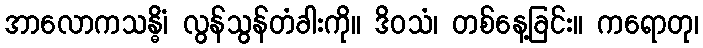
အာလောကသန္ဓိံ၊ လွန်သွန်တံခါးကို။ ဒိဝသံ၊ တစ်နေ့ခြင်း။ ကရောတု၊